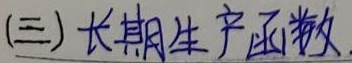
(三) 长期生产函数